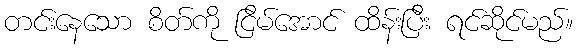
တင်းနေသော စိတ်ကို ငြိမ်အောင် ထိန်းပြီး ရင်ဆိုင်မည်။